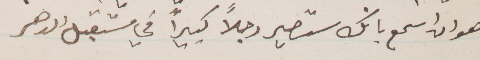
هو ان اسمع بانك ستصير رجلًا كبيرًا في مستقب الدهر